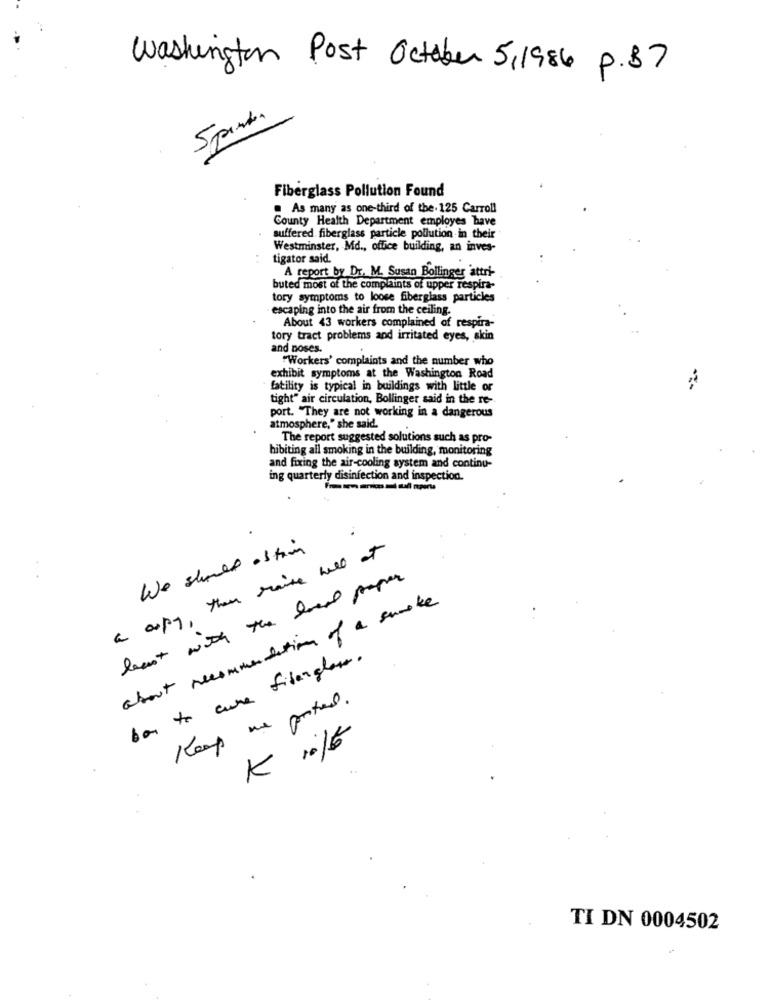
Washington Post October 5,1986 P.B7
Spend.
Fiberglass Pollution Found
. As many as one-third of the. 125 Carroll
County Health Department employes bave
suffered fiberglass particle pollution in their
Westminster, Md ., office building, an inves-
tigator said.
A report by Dr. M. Susan Bollinger attri-
buted most of the complaints of upper respira-
tory symptoms to loose fiberglass particles
escaping into the air from the ceiling.
About 43 workers complained of respira-
tory tract problems and irritated eyes, skin
and noses.
"Workers' complaints and the number who
exhibit symptoms at the Washington Road
fatility is typical in buildings with little or
tight" air circulation, Bollinger said in the re-
port. "They are not working in a dangerous
atmosphere," she said.
The report suggested solutions such as pro-
hibiting all smoking in the building, monitoring
and fixing the air-cooling system and continu-
ing quarterly disinfection and inspection.
a copy, then raise well at
We should os tim
beast with the local proper
about recommendation of a smoke
bon to cure fiberglass.
Keep me posted.
K 1016
TI DN 0004502